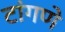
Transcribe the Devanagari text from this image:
टांगणे